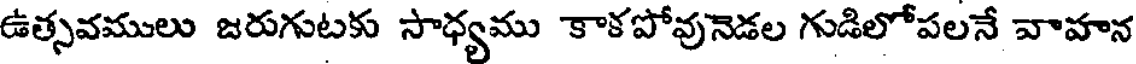
ఉత్సవములు జరుగుటకు సాధ్యము కాకపోవునెడల గుడిలోపలనే వాహన